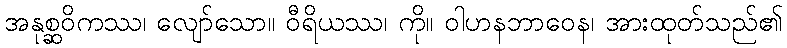
အနုစ္ဆဝိကဿ၊ လျော်သော။ ဝီရိယဿ၊ ကို။ ဝါဟနဘာဝေန၊ အားထုတ်သည်၏